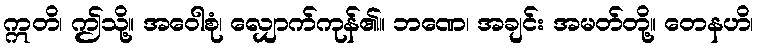
ဣတိ၊ ဤသို့။ အဝေါစုံ၊ လျှောက်ကုန်၏။ ဘဏေ၊ အချင်း အမတ်တို့။ တေနဟိ၊